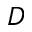
D